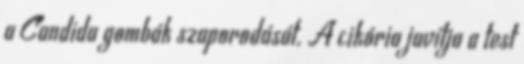
a Candida gombák szaporodását. A cikória javítja a test